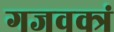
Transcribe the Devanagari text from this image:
गजवक्त्रं